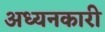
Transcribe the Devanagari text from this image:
अध्यनकारी